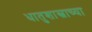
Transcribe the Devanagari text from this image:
धातुशास्त्राच्या